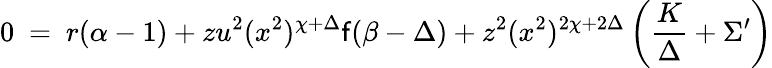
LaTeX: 0~=~r(\alpha-1)+zu^{2}(x^{2})^{\chi+\Delta}\mathsf{f}(\beta-\Delta)+z^{2}(x^{2})^{2\chi+2\Delta}\left(\frac{{K}}{{\Delta}}+\Sigma^{\prime}\right)